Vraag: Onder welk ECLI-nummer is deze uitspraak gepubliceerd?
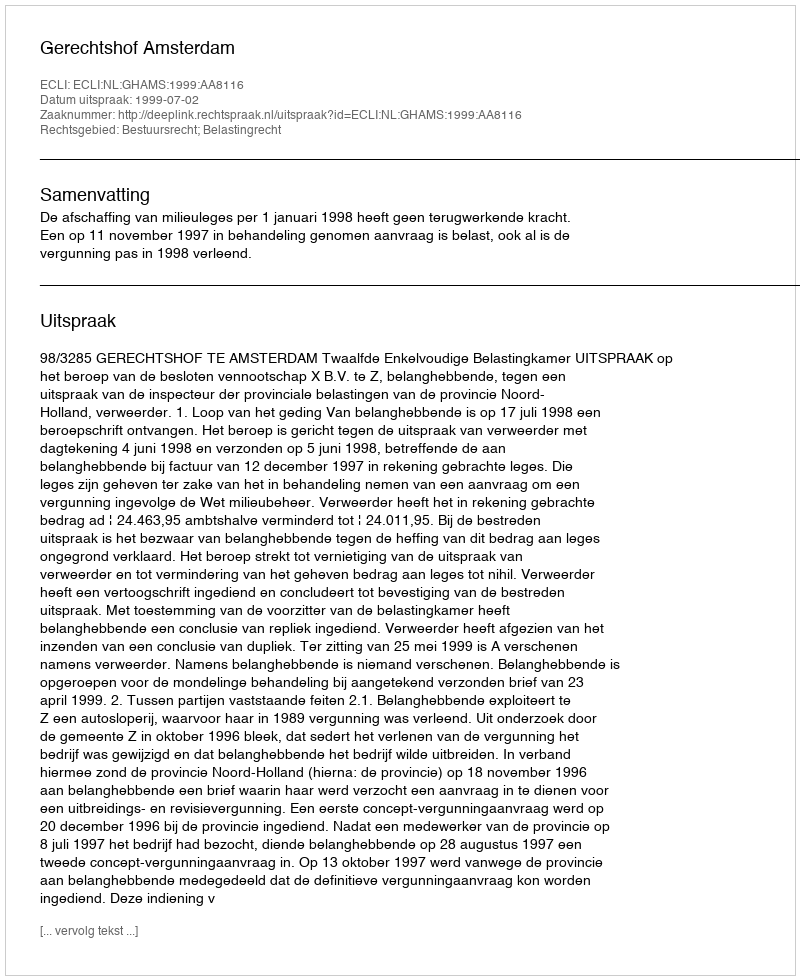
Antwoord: ECLI:NL:GHAMS:1999:AA8116